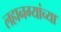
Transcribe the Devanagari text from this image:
लहानग्यांच्या